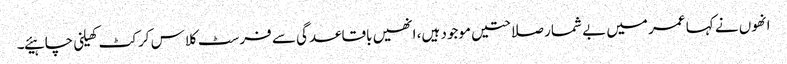
انھوں نے کہا عمر میں بے شمار صلاحتیں موجود ہیں، انھیں باقاعدگی سے فرسٹ کلاس کرکٹ کھیلنی چاہیئے۔